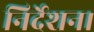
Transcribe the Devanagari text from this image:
निर्देशन।